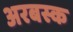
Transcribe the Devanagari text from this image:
अरबस्क